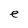
Character: e